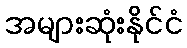
အများဆုံးနိုင်ငံ